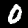
Label: 0